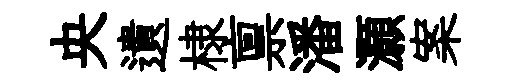
央遺棣禀潘灝案